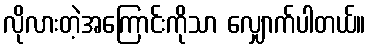
လိုလားတဲ့အကြောင်းကိုသာ လျှောက်ပါတယ်။